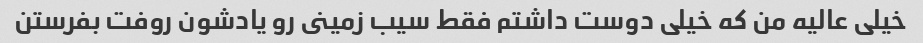
خیلى عالیه من که خیلى دوست داشتم فقط سیب زمینى رو یادشون روفت بفرستن